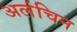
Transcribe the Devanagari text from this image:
अलंचिन